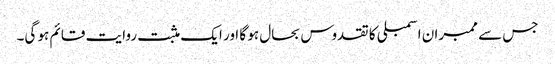
جس سے ممبران اسمبلی کا تقدوس بحال ہو گا اور ایک مثبت روایت قائم ہو گی۔